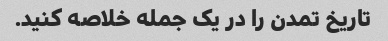
تاریخ تمدن را در یک جمله خلاصه کنید.